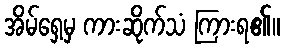
အိမ်ရှေ့မှ ကားဆိုက်သံ ကြားရ၏။